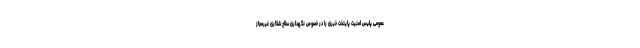
عمومی پلیس امنیت پایتخت خبری را در خصوص نگهداری سلاح شکاری غیرمجاز